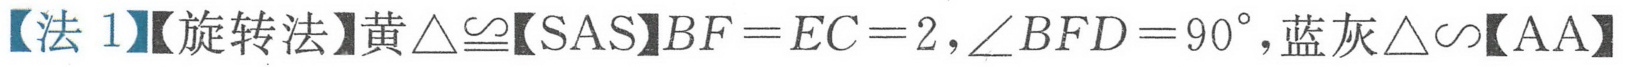
【法 1】【旋转法】黄\(\triangle\cong\)【SAS】\(BF = EC = 2\)，\(\angle BFD = 90^{\circ}\)，蓝灰\(\triangle\sim\)【AA】